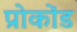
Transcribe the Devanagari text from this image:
प्रोकोंड